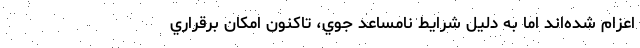
اعزام شده‌اند اما به دليل شرايط نامساعد جوي، تاكنون امكان برقراري